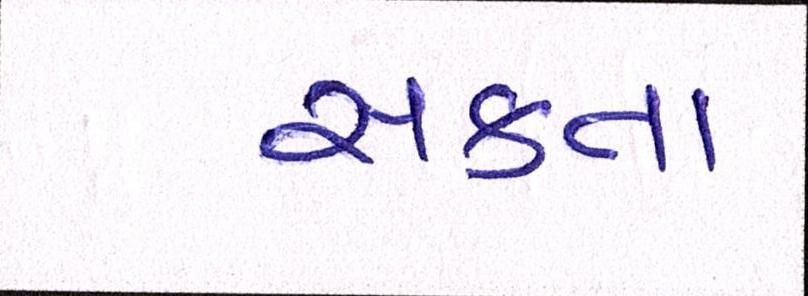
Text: સકતા